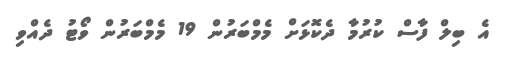
އެ ބިލް ފާސް ކުރުމާ ދެކޮޅަށް މެމްބަރުން 19 މެމްބަރުން ވޯޓު ދެއްވި